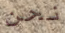
نحن